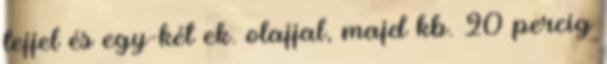
tejjel és egy-két ek. olajjal, majd kb. 20 percig